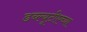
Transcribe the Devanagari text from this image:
डब्ल्यूटीएच्या